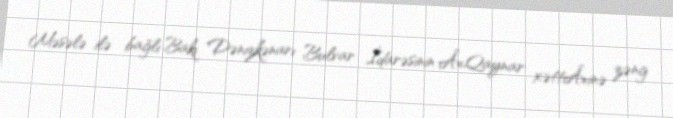
Məsələ ilə bağlı Bakı Dənizkənarı Bulvar İdarəsinin Â«Qaynar xəttÂ»inə zəng